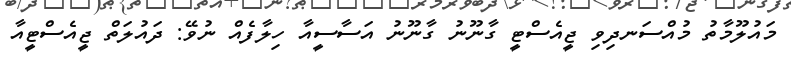
މައުލޫމާތު މުއްސަނދިވި ޖީއެސްޓީ ގާނޫނު ގާނޫނު އަސާސީއާ ހިލާފެއް ނުވޭ: ދައުލަތް ޖީއެސްޓީއާ